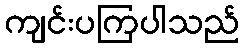
ကျင်းပကြပါသည်